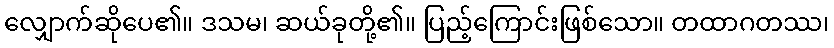
လျှောက်ဆိုပေ၏။ ဒသမ၊ ဆယ်ခုတို့၏။ ပြည့်ကြောင်းဖြစ်သော။ တထာဂတဿ၊